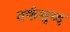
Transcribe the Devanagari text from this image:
तर्कशुध्द